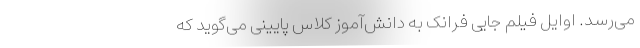
می‌رسد. اوایل فیلم جایی فرانک به دانش‌آموز کلاس پایینی می‌گوید که